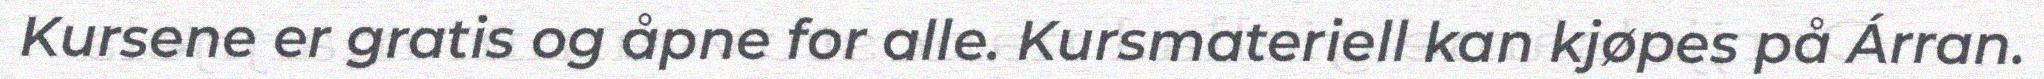
Kursene er gratis og åpne for alle. Kursmateriell kan kjøpes på Árran.